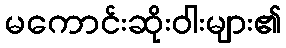
မကောင်းဆိုးဝါးများ၏